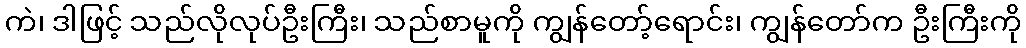
ကဲ၊ ဒါဖြင့် သည်လိုလုပ်ဦးကြီး၊ သည်စာမူကို ကျွန်တော့်ရောင်း၊ ကျွန်တော်က ဦးကြီးကို